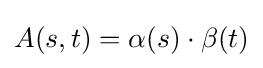
A(s,t)=\alpha (s)\cdot \beta (t)